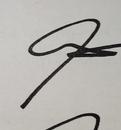
Signature authenticity: genuine